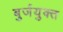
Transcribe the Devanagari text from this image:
बुर्जयुक्त